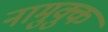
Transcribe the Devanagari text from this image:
नामुक्कु